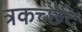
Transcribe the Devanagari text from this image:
त्रकच्छेद